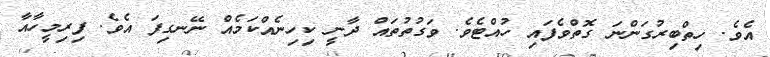
އެވެ. ހިތްބިރުގަންނަ ގޮތްވެފައި ހުއްޓެވެ. ވަގުތުތައް ދާނީ ކިހިނެއްކަމެއް ނޭނގިފަ އެވެ. ފިރިމީހާއާ